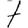
Digit: 7